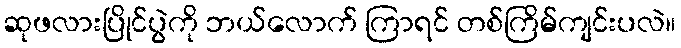
ဆုဖလားပြိုင်ပွဲကို ဘယ်လောက် ကြာရင် တစ်ကြိမ်ကျင်းပလဲ။